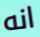
انه